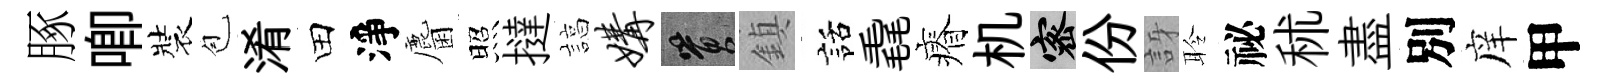
䐁唧裝苞淆田淨麕照撻諄媾篔鎮話毳瘠机密份訝聆祕秫盡別庠甲